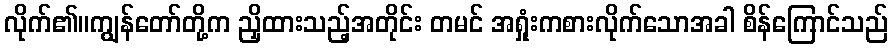
လိုက်၏။ကျွန်တော်တို့က ညှိထားသည့်အတိုင်း တမင် အရှုံးကစားလိုက်သောအခါ စိန်ကြောင်သည်